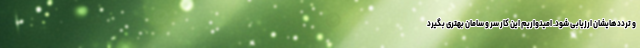
و ترددهایشان ارزیابی شود. امیدواریم این کار سر و سامان بهتری بگیرد